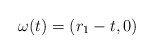
\begin{align*}\omega(t) = (r_1 - t, 0)\end{align*}